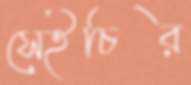
সেইচির